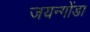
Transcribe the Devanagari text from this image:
जयन्गोंडा